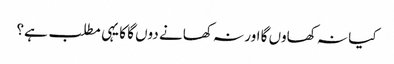
کیا نہ کھاوں گا اور نہ کھانے دوں گا کا یہی مطلب ہے؟